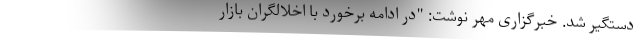
دستگیر شد. خبرگزاری مهر نوشت: "در ادامه برخورد با اخلالگران بازار